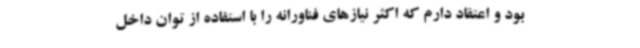
بود و اعتقاد دارم که اکثر نیازهای فناورانه را با استفاده از توان داخل